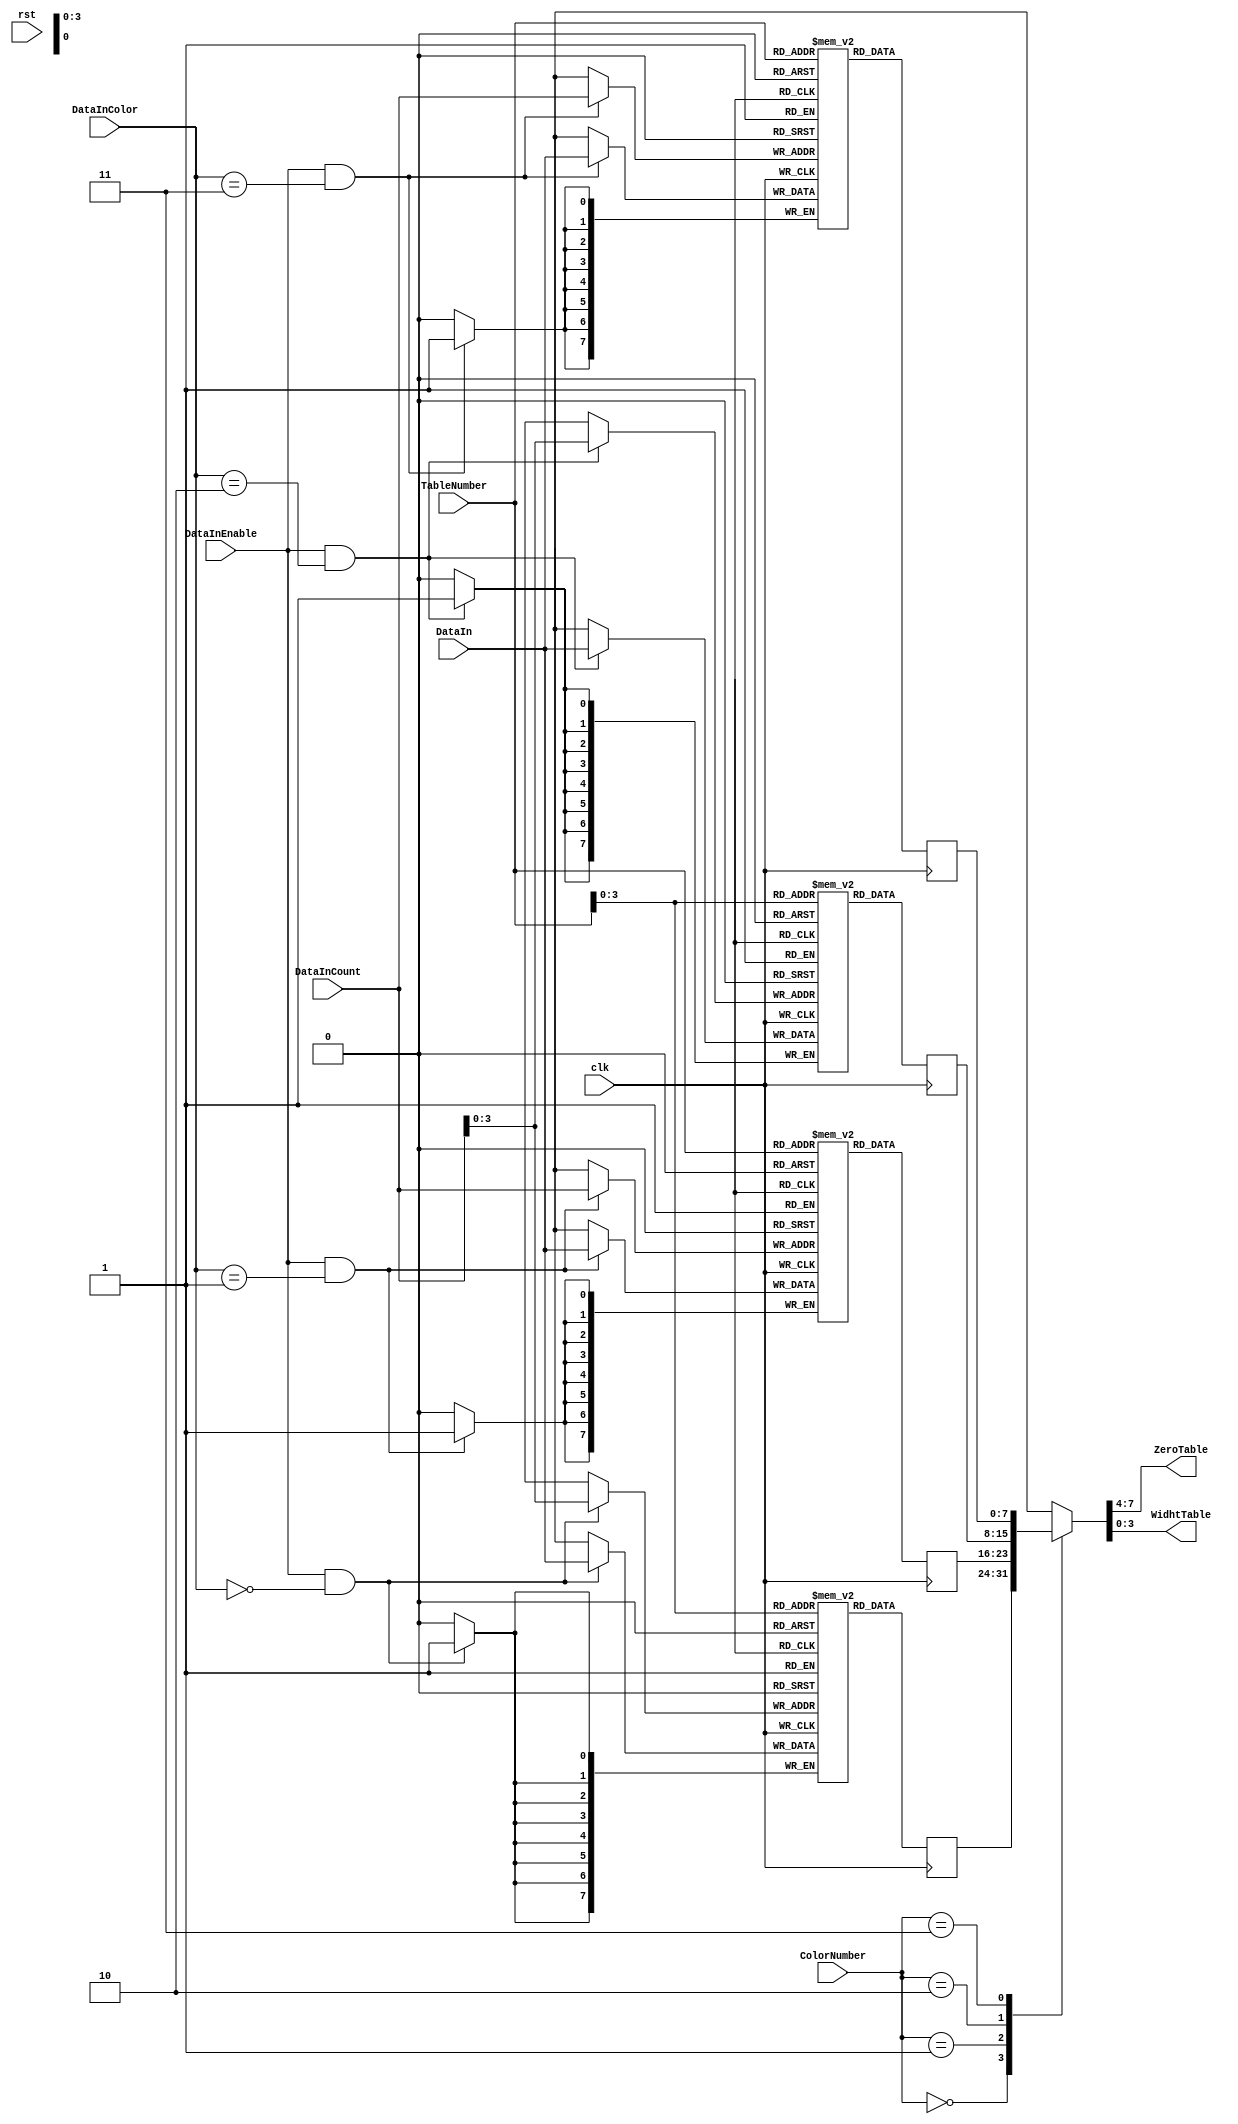
/*
* aq_djpeg_dht.v
* Copyright (C)2006-2013 H.Ishihara
*
* License: The Open Software License 3.0
* License URI: http://www.opensource.org/licenses/OSL-3.0
*
* For further information please contact.
*   http://www.aquaxis.com/
*   info(at)aquaxis.com or hidemi(at)sweetcafe.jp
*/
`timescale 1ps / 1ps

module aq_djpeg_dht(
	input			rst,
	input			clk,

	input			DataInEnable,
	input [1:0]	DataInColor,
	input [7:0]	DataInCount,
	input [7:0]	DataIn,

	input [1:0]	ColorNumber,
	input [7:0]	TableNumber,
	output [3:0]	ZeroTable,
	output [3:0]	WidhtTable
);
	// RAM
	reg [7:0]	   DHT_Ydc [0:15];
	reg [7:0]	   DHT_Yac [0:255];
	reg [7:0]	   DHT_Cdc [0:15];
	reg [7:0]	   DHT_Cac [0:255];

	reg [7:0]	   ReadDataYdc;
	reg [7:0]	   ReadDataYac;
	reg [7:0]	   ReadDataCdc;
	reg [7:0]	   ReadDataCac;

	wire [7:0]	  ReadData;

	// RAM
	always @(posedge clk) begin
		if((DataInEnable == 1'b1) & (DataInColor == 2'b00)) begin
			DHT_Ydc[DataInCount[3:0]] <= DataIn;
		end
		if(DataInEnable ==1'b1 & DataInColor ==2'b01) begin
			DHT_Yac[DataInCount] <= DataIn;
		end
		if(DataInEnable ==1'b1 & DataInColor ==2'b10) begin
			DHT_Cdc[DataInCount[3:0]] <= DataIn;
		end
		if(DataInEnable ==1'b1 & DataInColor ==2'b11) begin
			DHT_Cac[DataInCount] <= DataIn;
		end
	end

	always @(posedge clk) begin
		ReadDataYdc[7:0] <= DHT_Ydc[TableNumber[3:0]];
		ReadDataYac[7:0] <= DHT_Yac[TableNumber];
		ReadDataCdc[7:0] <= DHT_Cdc[TableNumber[3:0]];
		ReadDataCac[7:0] <= DHT_Cac[TableNumber];
	end

	// Selector
	function [7:0] ReadDataSel;
		input [1:0]	ColorNumber;
		input [7:0]	ReadDataYdc;
		input [7:0]	ReadDataYac;
		input [7:0]	ReadDataCdc;
		input [7:0]	ReadDataCac;
		begin
			case (ColorNumber[1:0])
			2'b00: ReadDataSel[7:0] = ReadDataYdc[7:0];
			2'b01: ReadDataSel[7:0] = ReadDataYac[7:0];
			2'b10: ReadDataSel[7:0] = ReadDataCdc[7:0];
			2'b11: ReadDataSel[7:0] = ReadDataCac[7:0];
			endcase
		end
	endfunction

	assign ReadData = ReadDataSel(ColorNumber, ReadDataYdc, ReadDataYac, ReadDataCdc, ReadDataCac);

	assign ZeroTable  = ReadData[7:4];
	assign WidhtTable = ReadData[3:0];
endmodule